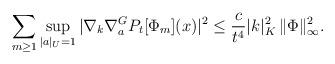
LaTeX: \begin{align*} \sum_{m \ge 1} \sup_{|a|_U =1}| \nabla_k \nabla_{a}^G P_t[\Phi_m](x)|^2 \le \frac{c}{t^4} |k|_K^2 \, \| \Phi\|_{\infty}^2. \end{align*}